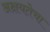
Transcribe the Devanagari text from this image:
अक्षयतेचा